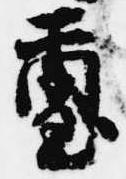
璽